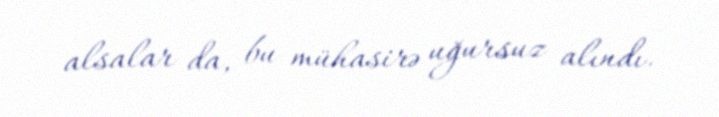
alsalar da, bu mühasirə uğursuz alındı.